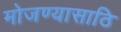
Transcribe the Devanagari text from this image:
मोजण्यासाठि